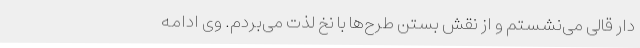
دار قالی می‌نشستم و از نقش بستن طرح‌ها با نخ لذت می‌بردم. وی ادامه